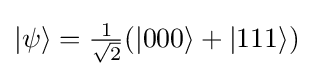
{\textstyle |{\psi }\rangle ={\frac {1}{\sqrt {2}}}(|000\rangle +|111\rangle )}